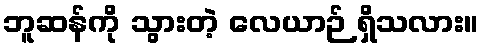
ဘူဆန်ကို သွားတဲ့ လေယာဉ် ရှိသလား။